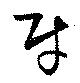
財